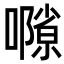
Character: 𡁸